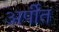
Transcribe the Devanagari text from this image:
अर्पीत